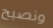
ونصبح